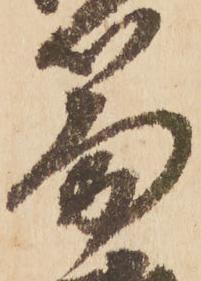
篇